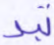
تبد